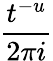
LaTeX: \frac{t^{-u}}{2\pi i}